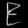
Digit: ၉